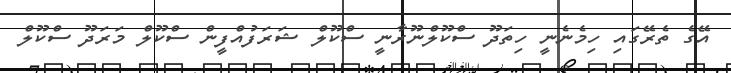
އޭގެ ތެރޭގައި ހިމެނެނީ ހިތަދޫ ސްކޫލްނޫރާނީ ސްކޫލް ޝަރަފުއްފީން ސްކޫލް މަރަދޫ ސްކޫލް